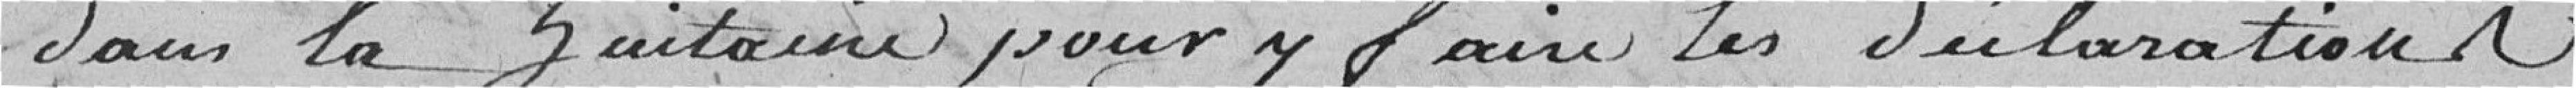
dans la huitaine pour y faire les déclarations